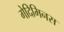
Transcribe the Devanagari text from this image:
गेदिमिनस